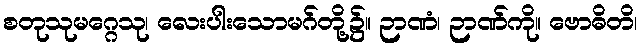
စတုသုမဂ္ဂေသု၊ လေးပါးသောမဂ်တို့၌။ ဉာဏံ၊ ဉာဏ်ကို။ ဗောဓိတိ၊